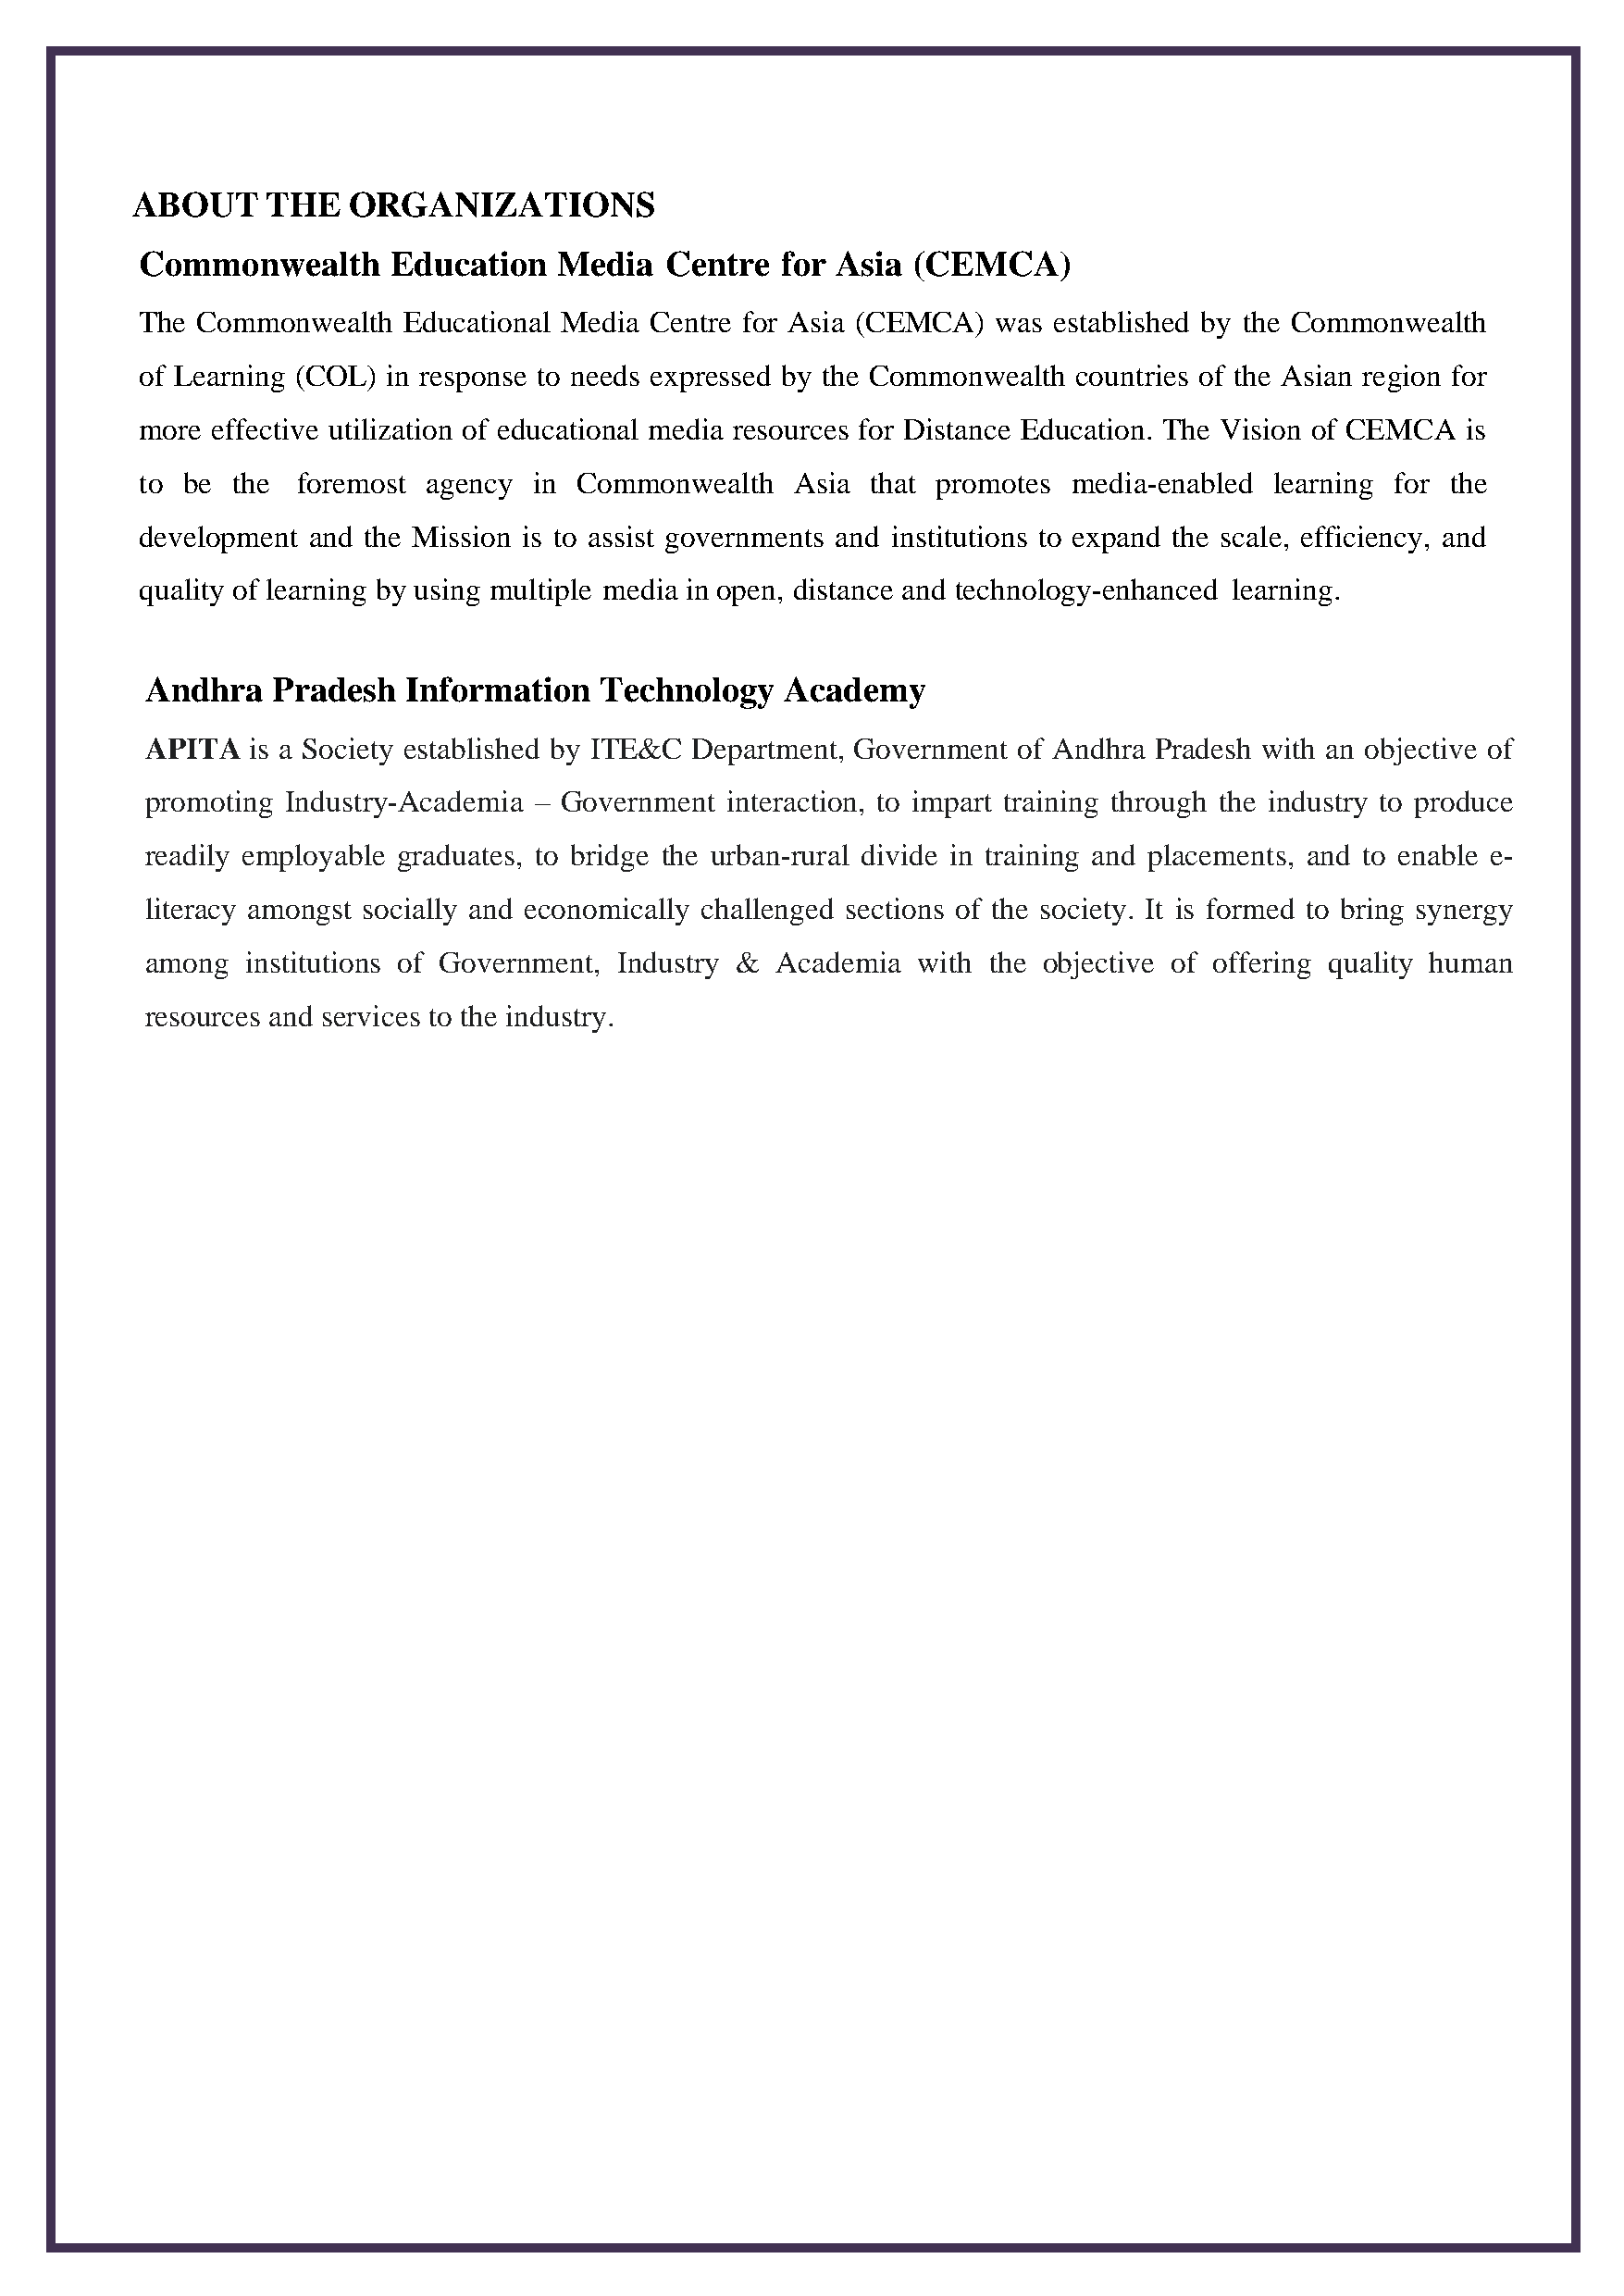
ABOUT     THE   ORGANIZATIONS
 Commonwealth      Education   Media   Centre  for Asia (CEMCA)
 The Commonwealth   Educational Media Centre for Asia (CEMCA) was established by the Commonwealth
 of Learning (COL) in response to needs expressed by the Commonwealth countries of the Asian region for
 more effective utilization of educational media resources for Distance Education. The Vision of CEMCA is
 to be  the foremost  agency in Commonwealth    Asia that promotes  media-enabled learning for the
 development and the Mission is to assist governments and institutions to expand the scale, efficiency, and
 quality of learning by using multiple media in open, distance and technology-enhanced learning.
 Andhra   Pradesh   Information   Technology   Academy
 APITA   is a Society established by ITE&C Department, Government of Andhra Pradesh with an objective of
 promoting Industry-Academia – Government  interaction, to impart training through the industry to produce
 readily employable graduates, to bridge the urban-rural divide in training and placements, and to enable e-
 literacy amongst socially and economically challenged sections of the society. It is formed to bring synergy
 among   institutions of Government, Industry & Academia with the objective of offering quality human
 resources and services to the industry.